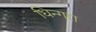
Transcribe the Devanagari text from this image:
धिन्गरा